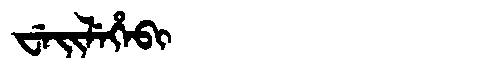
Manchu: ᠸᡝᡳᠯᡝᡥᡝᠪᡳ
Romanization: WEILEHEBI